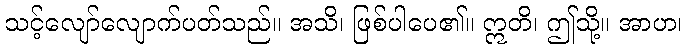
သင့်လျော်လျောက်ပတ်သည်။ အသိ၊ ဖြစ်ပါပေ၏။ ဣတိ၊ ဤသို့။ အာဟ၊